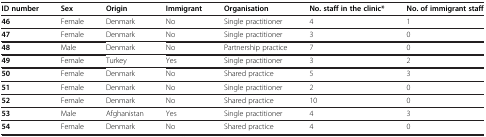
<table><thead><tr><td><b>ID number</b></td><td><b>Sex</b></td><td><b>Origin</b></td><td><b>Immigrant</b></td><td><b>Organisation</b></td><td><b>No. staff in the clinic*</b></td><td><b>No. of immigrant staff</b></td></tr></thead><tbody><tr><td><b>46</b></td><td>Female</td><td>Denmark</td><td>No</td><td>Single practitioner</td><td>4</td><td>1</td></tr><tr><td><b>47</b></td><td>Female</td><td>Denmark</td><td>No</td><td>Single practitioner</td><td>3</td><td>0</td></tr><tr><td><b>48</b></td><td>Male</td><td>Denmark</td><td>No</td><td>Partnership practice</td><td>7</td><td>0</td></tr><tr><td><b>49</b></td><td>Female</td><td>Turkey</td><td>Yes</td><td>Single practitioner</td><td>3</td><td>2</td></tr><tr><td><b>50</b></td><td>Female</td><td>Denmark</td><td>No</td><td>Shared practice</td><td>5</td><td>3</td></tr><tr><td><b>51</b></td><td>Female</td><td>Denmark</td><td>No</td><td>Single practitioner</td><td>2</td><td>0</td></tr><tr><td><b>52</b></td><td>Female</td><td>Denmark</td><td>No</td><td>Shared practice</td><td>10</td><td>0</td></tr><tr><td><b>53</b></td><td>Male</td><td>Afghanistan</td><td>Yes</td><td>Single practitioner</td><td>4</td><td>3</td></tr><tr><td><b>54</b></td><td>Female</td><td>Denmark</td><td>No</td><td>Shared practice</td><td>4</td><td>0</td></tr></tbody></table>